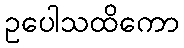
ဥပေါသထိကော